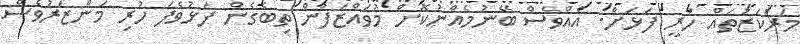
މަރުކަޒުތައް ހުރީ ފަޅަށް. އެއްވެސް ބޭނުމެއްނުކޮށް މުވައްޒަފުން ތިބެގެން ފަޅުވެފަ ހުރި މަންޒަރުވެސް